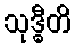
သုဒ္ဓီတိ